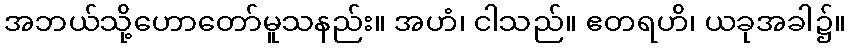
အဘယ်သို့ဟောတော်မူသနည်း။ အဟံ၊ ငါသည်။ ဧတရဟိ၊ ယခုအခါ၌။